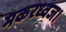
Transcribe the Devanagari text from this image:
मकरध्वज।